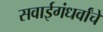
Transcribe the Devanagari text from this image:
सवाईगंधर्वांचे